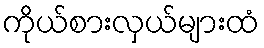
ကိုယ်စားလှယ်များထံ